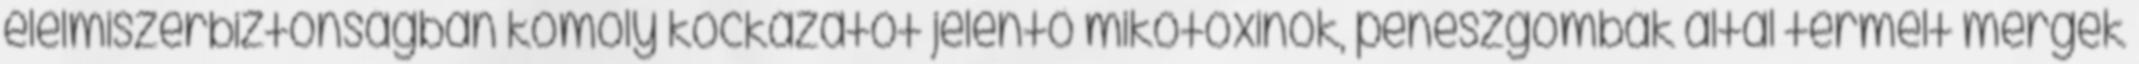
élelmiszerbiztonságban komoly kockázatot jelentô mikotoxinok, penészgombák által termelt mérgek